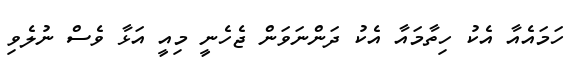
ހަމައެއާ އެކު ހިތާމައާ އެކު ދަންނަވަން ޖެހެނީ މިއީ އަޅާ ވެސް ނުލެވި